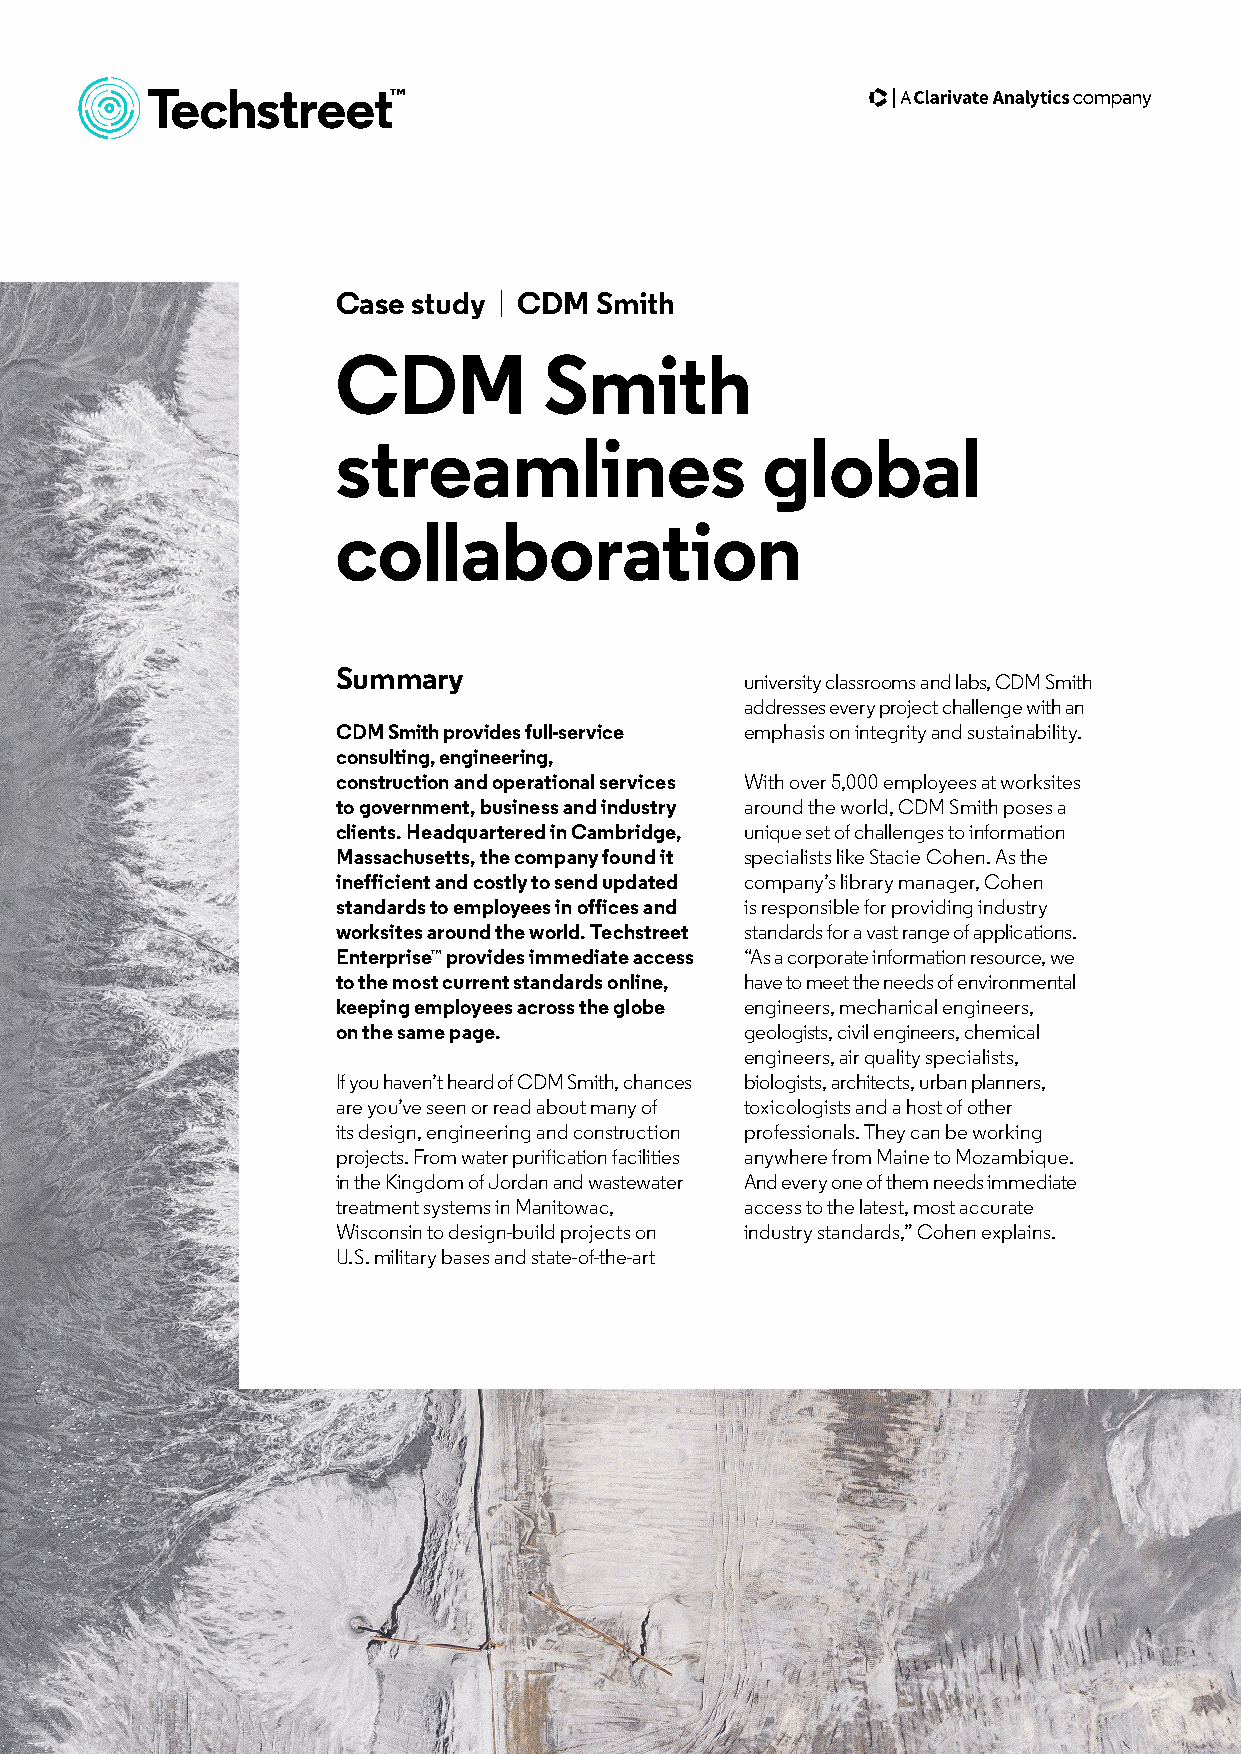
Case study | CDM Smith
 CDM           Smith
 streamlines                 global
 collaboration
 Summary
 university classrooms and labs, CDM Smith
 addresses every project challenge with an
 CDM Smith provides full-service emphasis on integrity and sustainability.
 consulting, engineering,
 construction and operational services With over 5,000 employees at worksites
 to government, business and industry around the world, CDM Smith poses a
 clients. Headquartered in Cambridge, unique set of challenges to information
 Massachusetts, the company found it specialists like Stacie Cohen. As the
 inefficient and costly to send updated company’s library manager, Cohen
 standards to employees in offices and is responsible for providing industry
 worksites around the world. Techstreet standards for a vast range of applications.
 Enterprise™ provides immediate access “As a corporate information resource, we
 to the most current standards online, have to meet the needs of environmental
 keeping employees across the globe engineers, mechanical engineers,
 on the same page.          geologists, civil engineers, chemical
 engineers, air quality specialists,
 If you haven’t heard of CDM Smith, chances biologists, architects, urban planners,
 are you’ve seen or read about many of toxicologists and a host of other
 its design, engineering and construction professionals. They can be working
 projects. From water purification facilities anywhere from Maine to Mozambique.
 in the Kingdom of Jordan and wastewater And every one of them needs immediate
 treatment systems in Manitowac, access to the latest, most accurate
 Wisconsin to design-build projects on industry standards,” Cohen explains.
 U.S. military bases and state-of-the-art